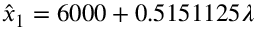
\hat { x } _ { 1 } = 6 0 0 0 + 0 . 5 1 5 1 1 2 5 \lambda